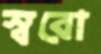
স্বরো